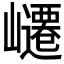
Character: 𭗥